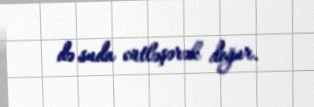
də suda cütləşərək doğur.